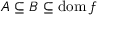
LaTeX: A \subseteq B \subseteq \operatorname { d o m } f